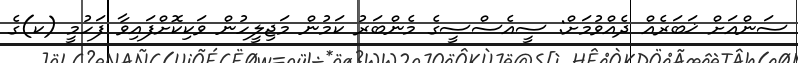
ސަންއަށް ޚަބަރެއް ދެއްވުމަށް: ސީއެސްސީގެ މެންބަރު ކަމުން މަޖިލީހުން ވަކިކޮށްފައިވާ ފަހުމީ (ކ)ގެ